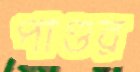
পাণ্ডর